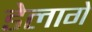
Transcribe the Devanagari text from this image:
डेलागे